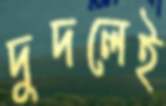
দুদলেই